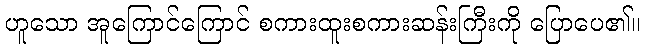
ဟူသော အူကြောင်ကြောင် စကားထူးစကားဆန်းကြီးကို ပြောပေ၏။